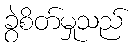
ခွဲစိတ်မှုသည်